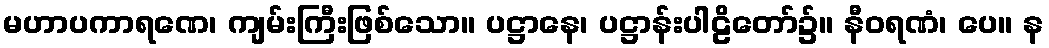
မဟာပကာရဏေ၊ ကျမ်းကြီးဖြစ်သော။ ပဋ္ဌာနေ၊ ပဋ္ဌာန်းပါဠိတော်၌။ နီဝရဏံ၊ ပေ။ န